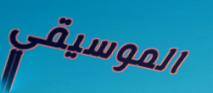
الموسيقي